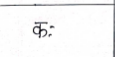
मजकूर: क: